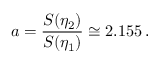
a = \frac { S ( \eta _ { 2 } ) } { S ( \eta _ { 1 } ) } \cong 2 . 1 5 5 \, .